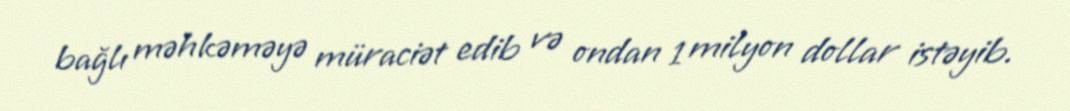
bağlı məhkəməyə müraciət edib və ondan 1 milyon dollar istəyib.